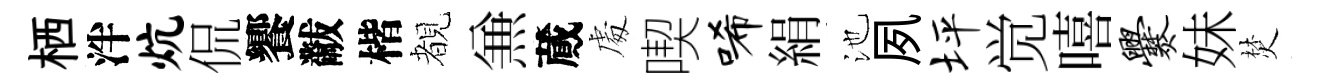
栖泮炕侃饗黻楷覩𠔥蕆䖏喫唏絹池夙坪觉嘻爨妹焚